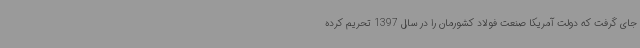
جای گرفت که دولت آمریکا صنعت فولاد کشورمان را در سال 1397 تحریم کرده